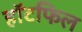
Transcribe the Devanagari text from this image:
हॉटफिल